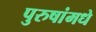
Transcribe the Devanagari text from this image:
पुरुषांमधे